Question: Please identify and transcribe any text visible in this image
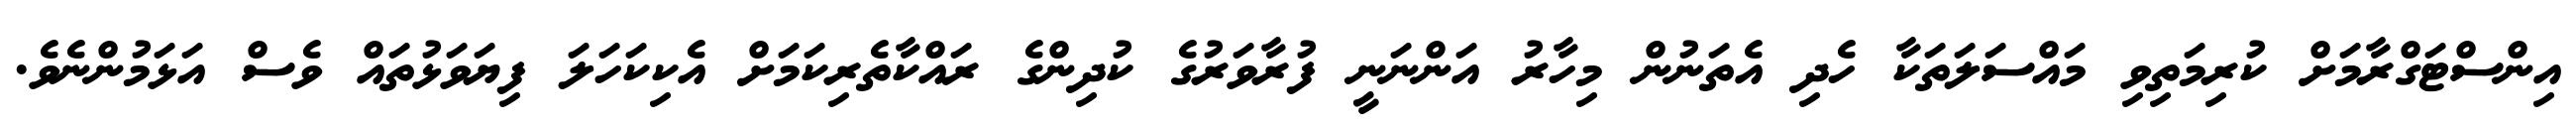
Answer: އިންސްޓަގްރާމަށް ކުރިމަތިވި މައްސަލަތަކާ ހެދި އެތަނުން މިހާރު އަންނަނީ ފުރާވަރުގެ ކުދިންގެ ރައްކާތެރިކަމަށް އެކިކަހަލަ ފިޔަވަޅުތައް ވެސް އަޅަމުންނެވެ.